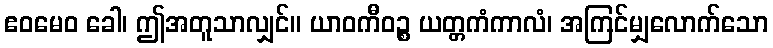
ဧဝမေဝ ခေါ၊ ဤအတူသာလျှင်။ ယာဝကီဝဉ္စ ယတ္တကံကာလံ၊ အကြင်မျှလောက်သော